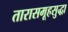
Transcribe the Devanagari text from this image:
तारासमूहसुद्धा